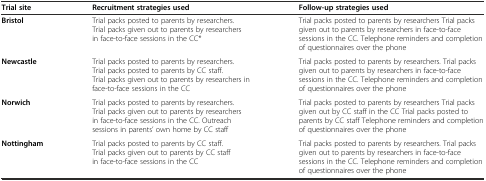
| Trial site | Recruitment strategies used | Follow-up strategies used |
 | --- | --- | --- |
 | Bristol | Trial packs posted to parents by researchers. Trial packs given out to parents by researchers in face-to-face sessions in the CC* | Trial packs posted to parents by researchers Trial packs given out to parents by researchers in face-to-face sessions in the CC. Telephone reminders and completion of questionnaires over the phone |
 | Newcastle | Trial packs posted to parents by researchers. Trial packs posted to parents by CC staff. Trial packs given out to parents by researchers in face-to-face sessions in the CC | Trial packs posted to parents by researchers. Trial packs given out to parents by researchers in face-to-face sessions in the CC. Telephone reminders and completion of questionnaires over the phone |
 | Norwich | Trial packs posted to parents by researchers. Trial packs given out to parents by researchers in face-to-face sessions in the CC. Outreach sessions in parents’ own home by CC staff | Trial packs posted to parents by researchers Trial packs given out by CC staff in the CC Trial packs posted to parents by CC staff Telephone reminders and completion of questionnaires over the phone |
 | Nottingham | Trial packs posted to parents by CC staff. Trial packs given out to parents by CC staff in face-to-face sessions in the CC | Trial packs posted to parents by researchers. Trial packs given out to parents by researchers in face-to-face sessions in the CC. Telephone reminders and completion of questionnaires over the phone |